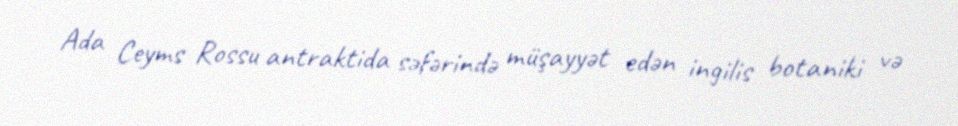
Ada Ceyms Rossu antraktida səfərində müşayyət edən ingilis botaniki və